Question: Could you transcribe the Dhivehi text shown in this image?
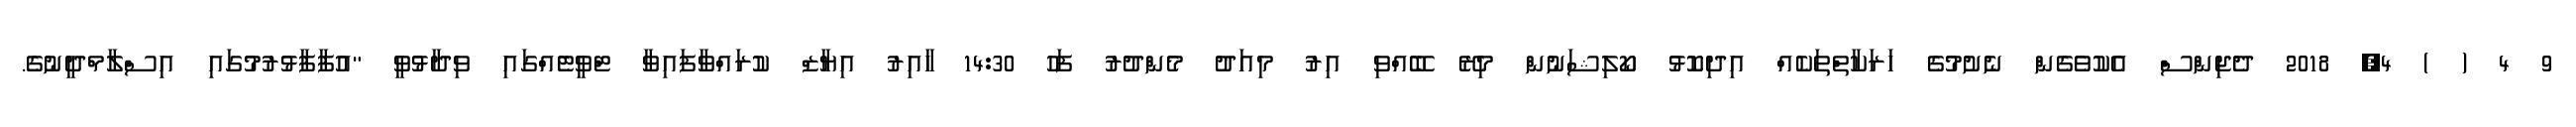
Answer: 9 4 ( ) 4, 2018 ދެޖިންސް އެކުވެގެން ނެށުމުގެ ހަރަކާތްތަކެއް އިދިކޮޅު ކޯލިޝަނުން މިރޭ ބޭއްވި އިރު މިއަދު މެންދުރު ފަހު 14:30 ހާއިރު އިޔާޒް ކުރައްވާފައިވާ ޓްވީޓެއްގައި ވިދާޅުވީ "އުފާފާޅުރުމުގައި އިސްލާމްދީނުގެ.